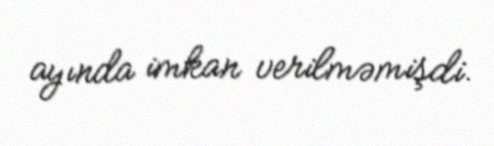
ayında imkan verilməmişdi.